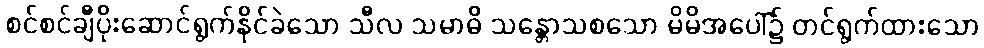
စင်စင်ချီပိုးဆောင်ရွက်နိုင်ခဲသော သီလ သမာဓိ သန္တောသစသော မိမိအပေါ်၌ တင်ရွက်ထားသော